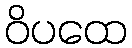
ဝိပထေ